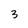
Character: 3